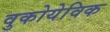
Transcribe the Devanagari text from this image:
वुकोयेविक